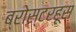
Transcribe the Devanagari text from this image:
ब्रोस्टरहूस